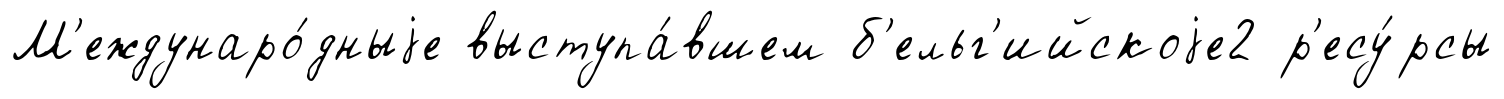
М'еждунаро́дныjе выступа́вшем б'ельг'ийскоjе2 р'есу́рсы